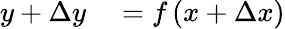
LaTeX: \begin{array}{rl}{y+\Delta y}&{{}=f\left(x+\Delta x\right)}\end{array}